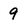
Character: 9